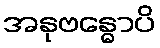
အနုဗန္ဓောပိ